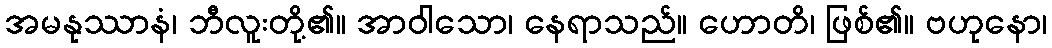
အမနုဿာနံ၊ ဘီလူးတို့၏။ အာဝါသော၊ နေရာသည်။ ဟောတိ၊ ဖြစ်၏။ ဗဟုနော၊